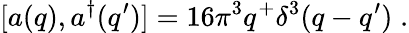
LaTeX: [a(q),a^{\dagger}(q^{\prime})]=16\pi^{3}q^{+}\delta^{3}(q-q^{\prime})\; .